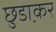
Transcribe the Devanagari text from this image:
छुडा़कर